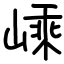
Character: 嵊